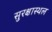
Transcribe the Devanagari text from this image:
सुरक्षास्थल